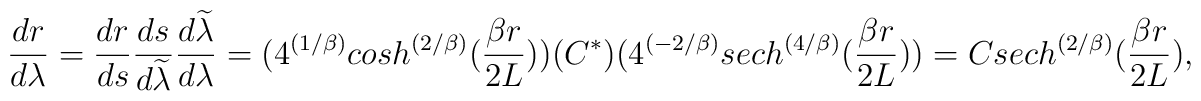
{{dr}\over {d\lambda}} = {{dr}\over {ds}}{{ds}\over {d\widetilde{\lambda}}}{{d\widetilde{\lambda}}\over {d\lambda }} =  (4^{(1/\beta)}cosh^{\left({2/\beta}\right)}({{\beta r} \over {2L}}))(C^*)(4^{(-2/\beta)}sech^{\left({4/\beta}\right)}({{\beta r} \over {2L}})) = Csech^{\left({2/\beta}\right)}({{\beta r} \over {2L}}),